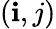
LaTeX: (\mathbf{i},j)